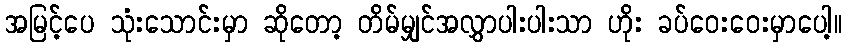
အမြင့်ပေ သုံးသောင်းမှာ ဆိုတော့ တိမ်မျှင်အလွှာပါးပါးသာ ဟိုး ခပ်ဝေးဝေးမှာပေါ့။